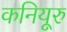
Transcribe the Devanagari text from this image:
कनियूरु